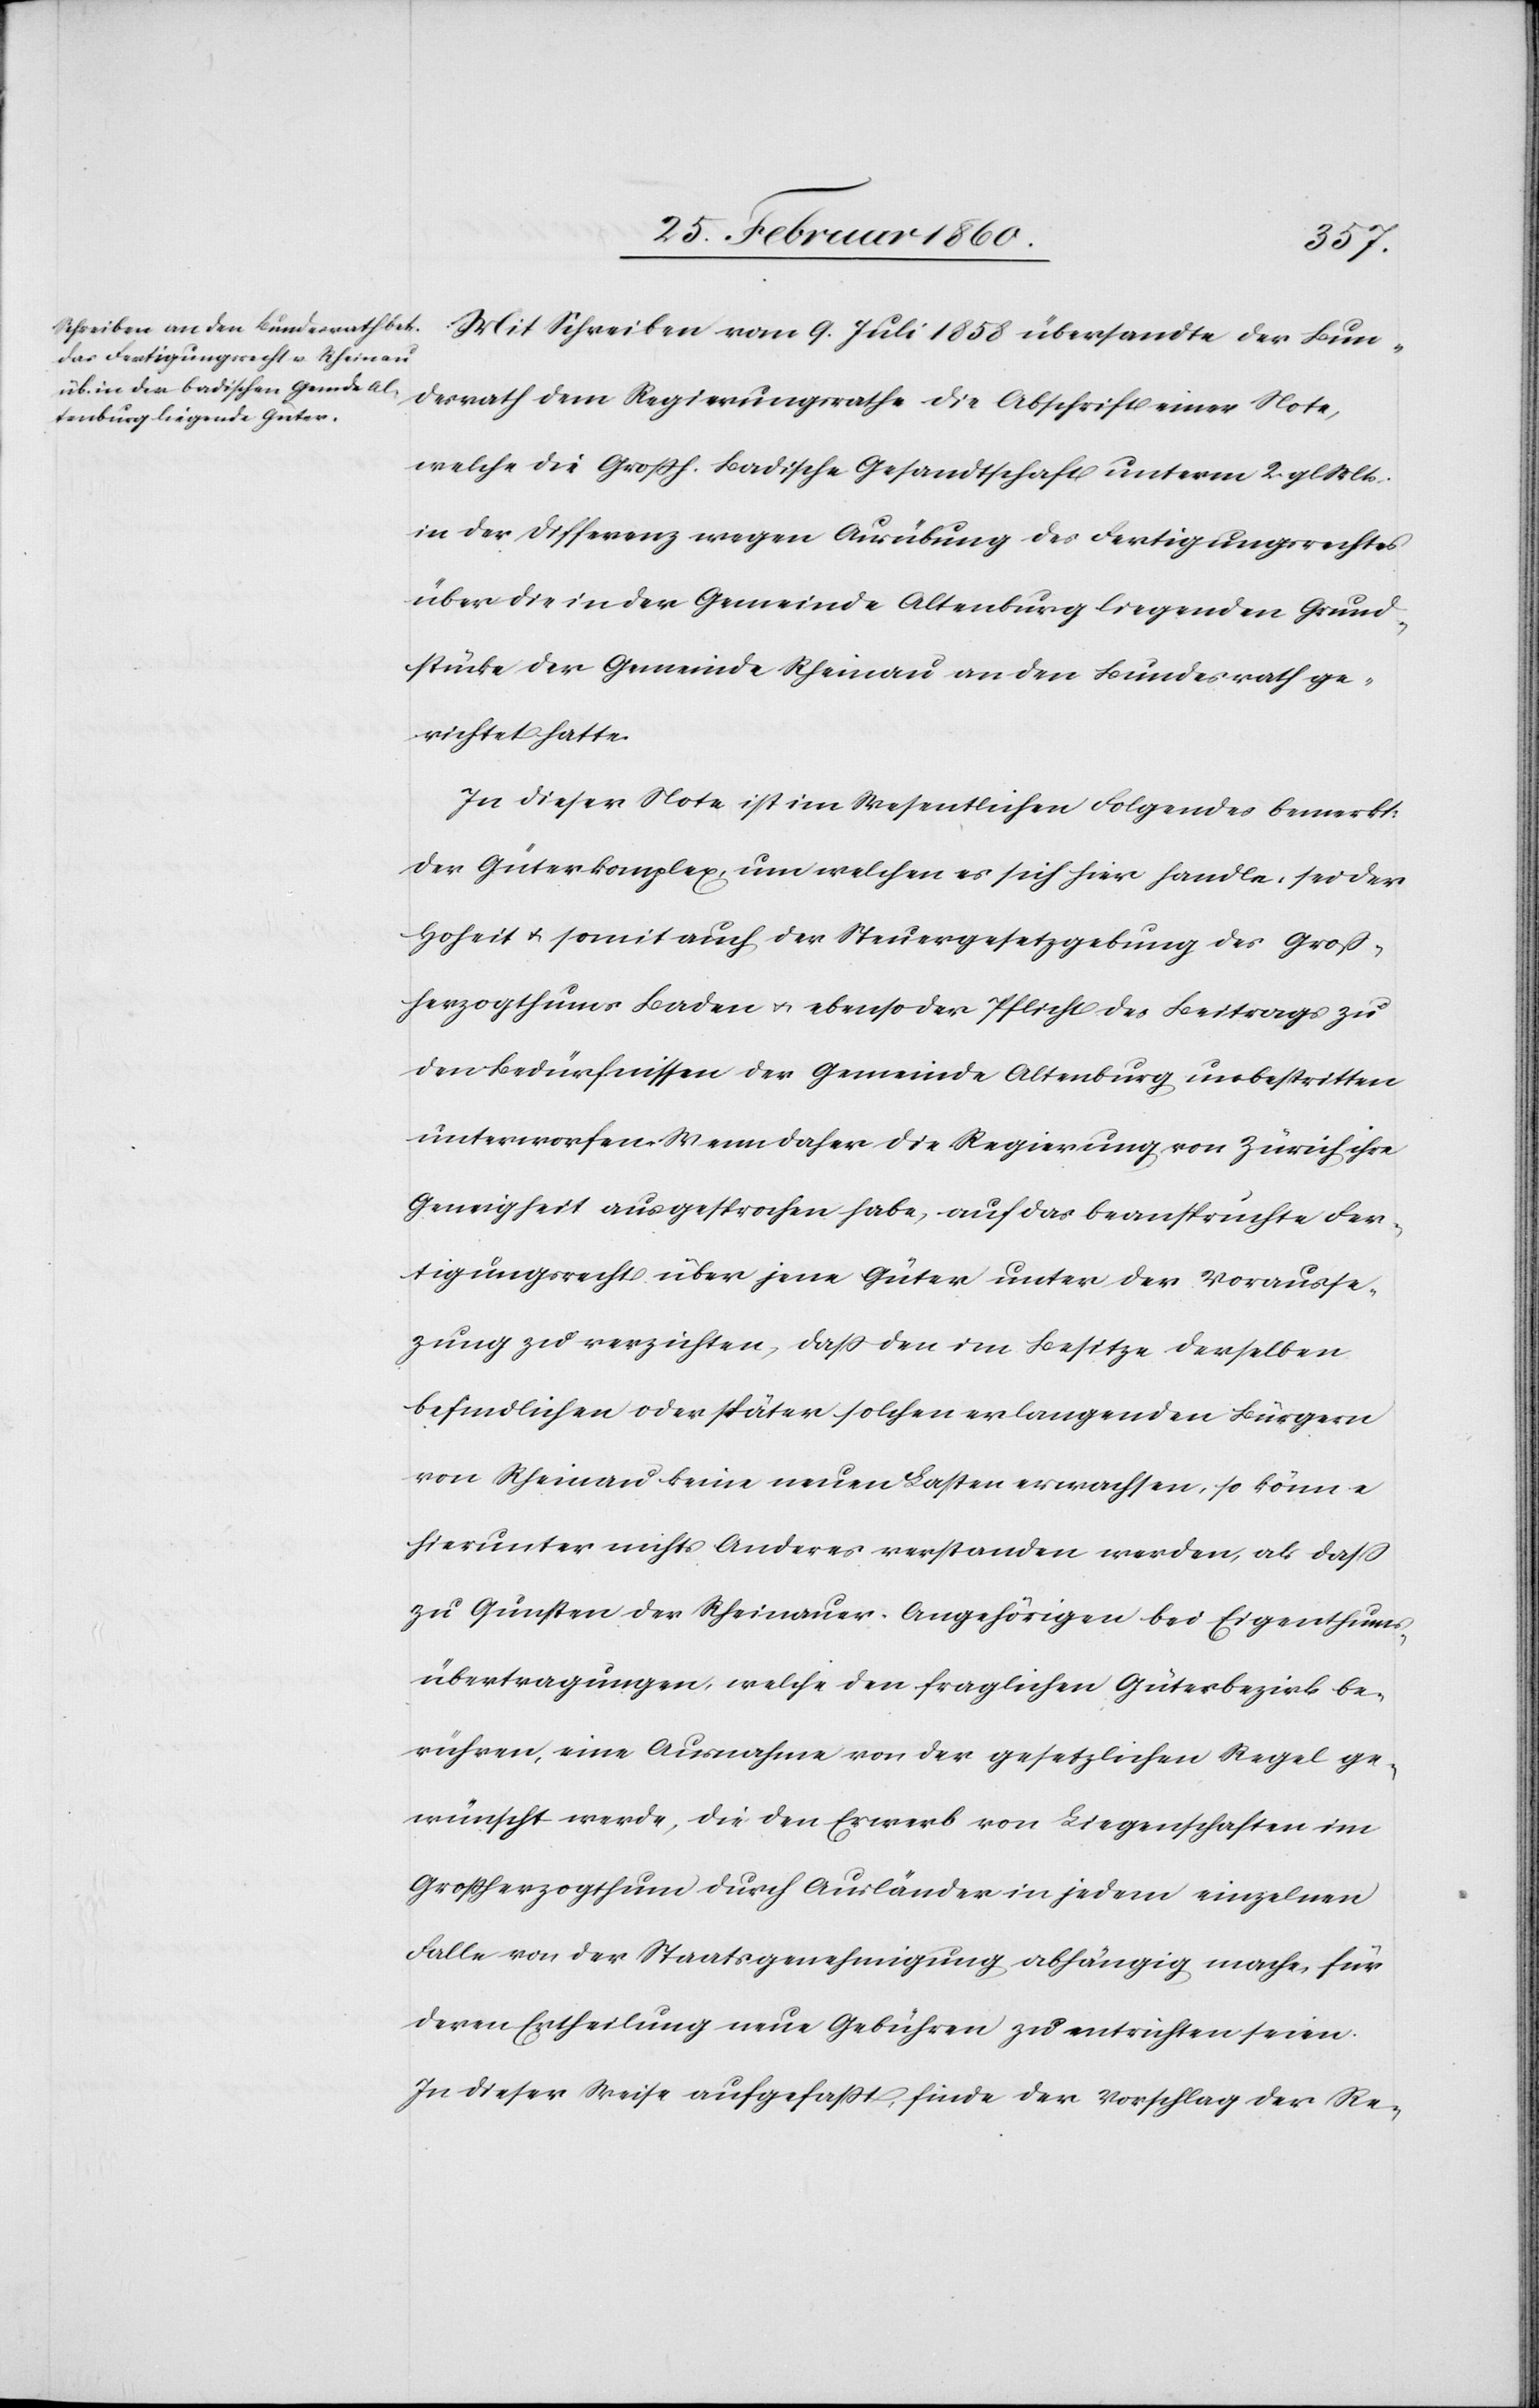
Mit Schreiben vom 9. Juli 1858 übersandte der Bun¬
desrath dem Regierungsrathe die Abschrift einer Note,
welche die Grossh. Badische Gesandtschaft unterm 2. gl. Mts.
in der Differenz wegen Ausübung des Fertigungsrechtes
über die in der Gemeinde Altenburg liegenden Grund¬
stücke der Gemeinde Rheinau an den Bundesrath ge¬
richtet hatte.
In dieser Note ist im Wesentliches Folgendes bemerkt:
Der Güterkomplex, um welchen es sich hier handle, sei der
Hoheit u. somit auch der Steuergesetzgebung des Groß¬
herzogthums Baden u. ebenso der Pflicht des Beitrags zu
den Bedürfnissen der Gemeinde Altenburg unbestritten
unterworfen. Wenn daher die Regierung von Zürich ihre
Geneig[t]heit ausgesprochen habe, auf das beanspruchte Fer¬
tigungsrecht über jene Güter unter der Vorausset¬
zung zu verzichten, dass den im Besitze derselben
befindlichen oder später solchen erlangenden Bürgern
von Rheinau keine neuen Lasten erwachsen, so könne
hierunter nichts Anderes verstanden werden, als dass
zu Gunsten der Rheinauer-Angehörigen bei Eigenthums¬
übertragungen, welche den fraglichen Güterbezirk be¬
rühren, eine Ausnahme von der gesetzlichen Regel ge¬
wünscht werde, die den Erwerb von Liegenschaften im
Großherzogthum durch Ausländer in jedem einzelnen
Falle von der Staatsgenehmigung abhängig mache, für
deren Ertheilung neue Gebühren zu entrichten seien.
In dieser Weise aufgefaßt, finde der Vorschlag der Re-